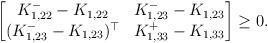
LaTeX: \begin{align*} \begin{bmatrix} K_{1,22}^- - K_{1,22} & K_{1,23}^- -K_{1,23} \\ (K_{1,23}^- - K_{1,23})^{\top} & K_{1,33}^+ -K_{1,33}\end{bmatrix} \geq 0.\end{align*}